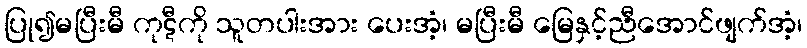
ပြု၍မပြီးမီ ကုဋီကို သူတပါးအား ပေးအံ့၊ မပြီးမီ မြေနှင့်ညီအောင်ဖျက်အံ့၊